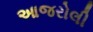
આજરોલી